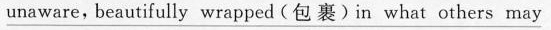
\underline{unaware,beautifully wrapped (包裹)in what others may}